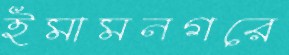
ইমামনগরে